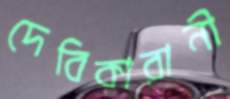
দেবিকারানী